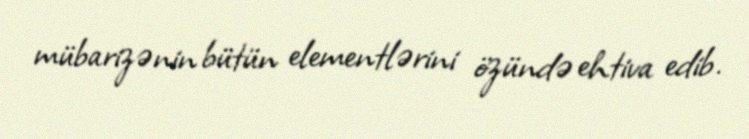
mübarizənin bütün elementlərini özündə ehtiva edib.